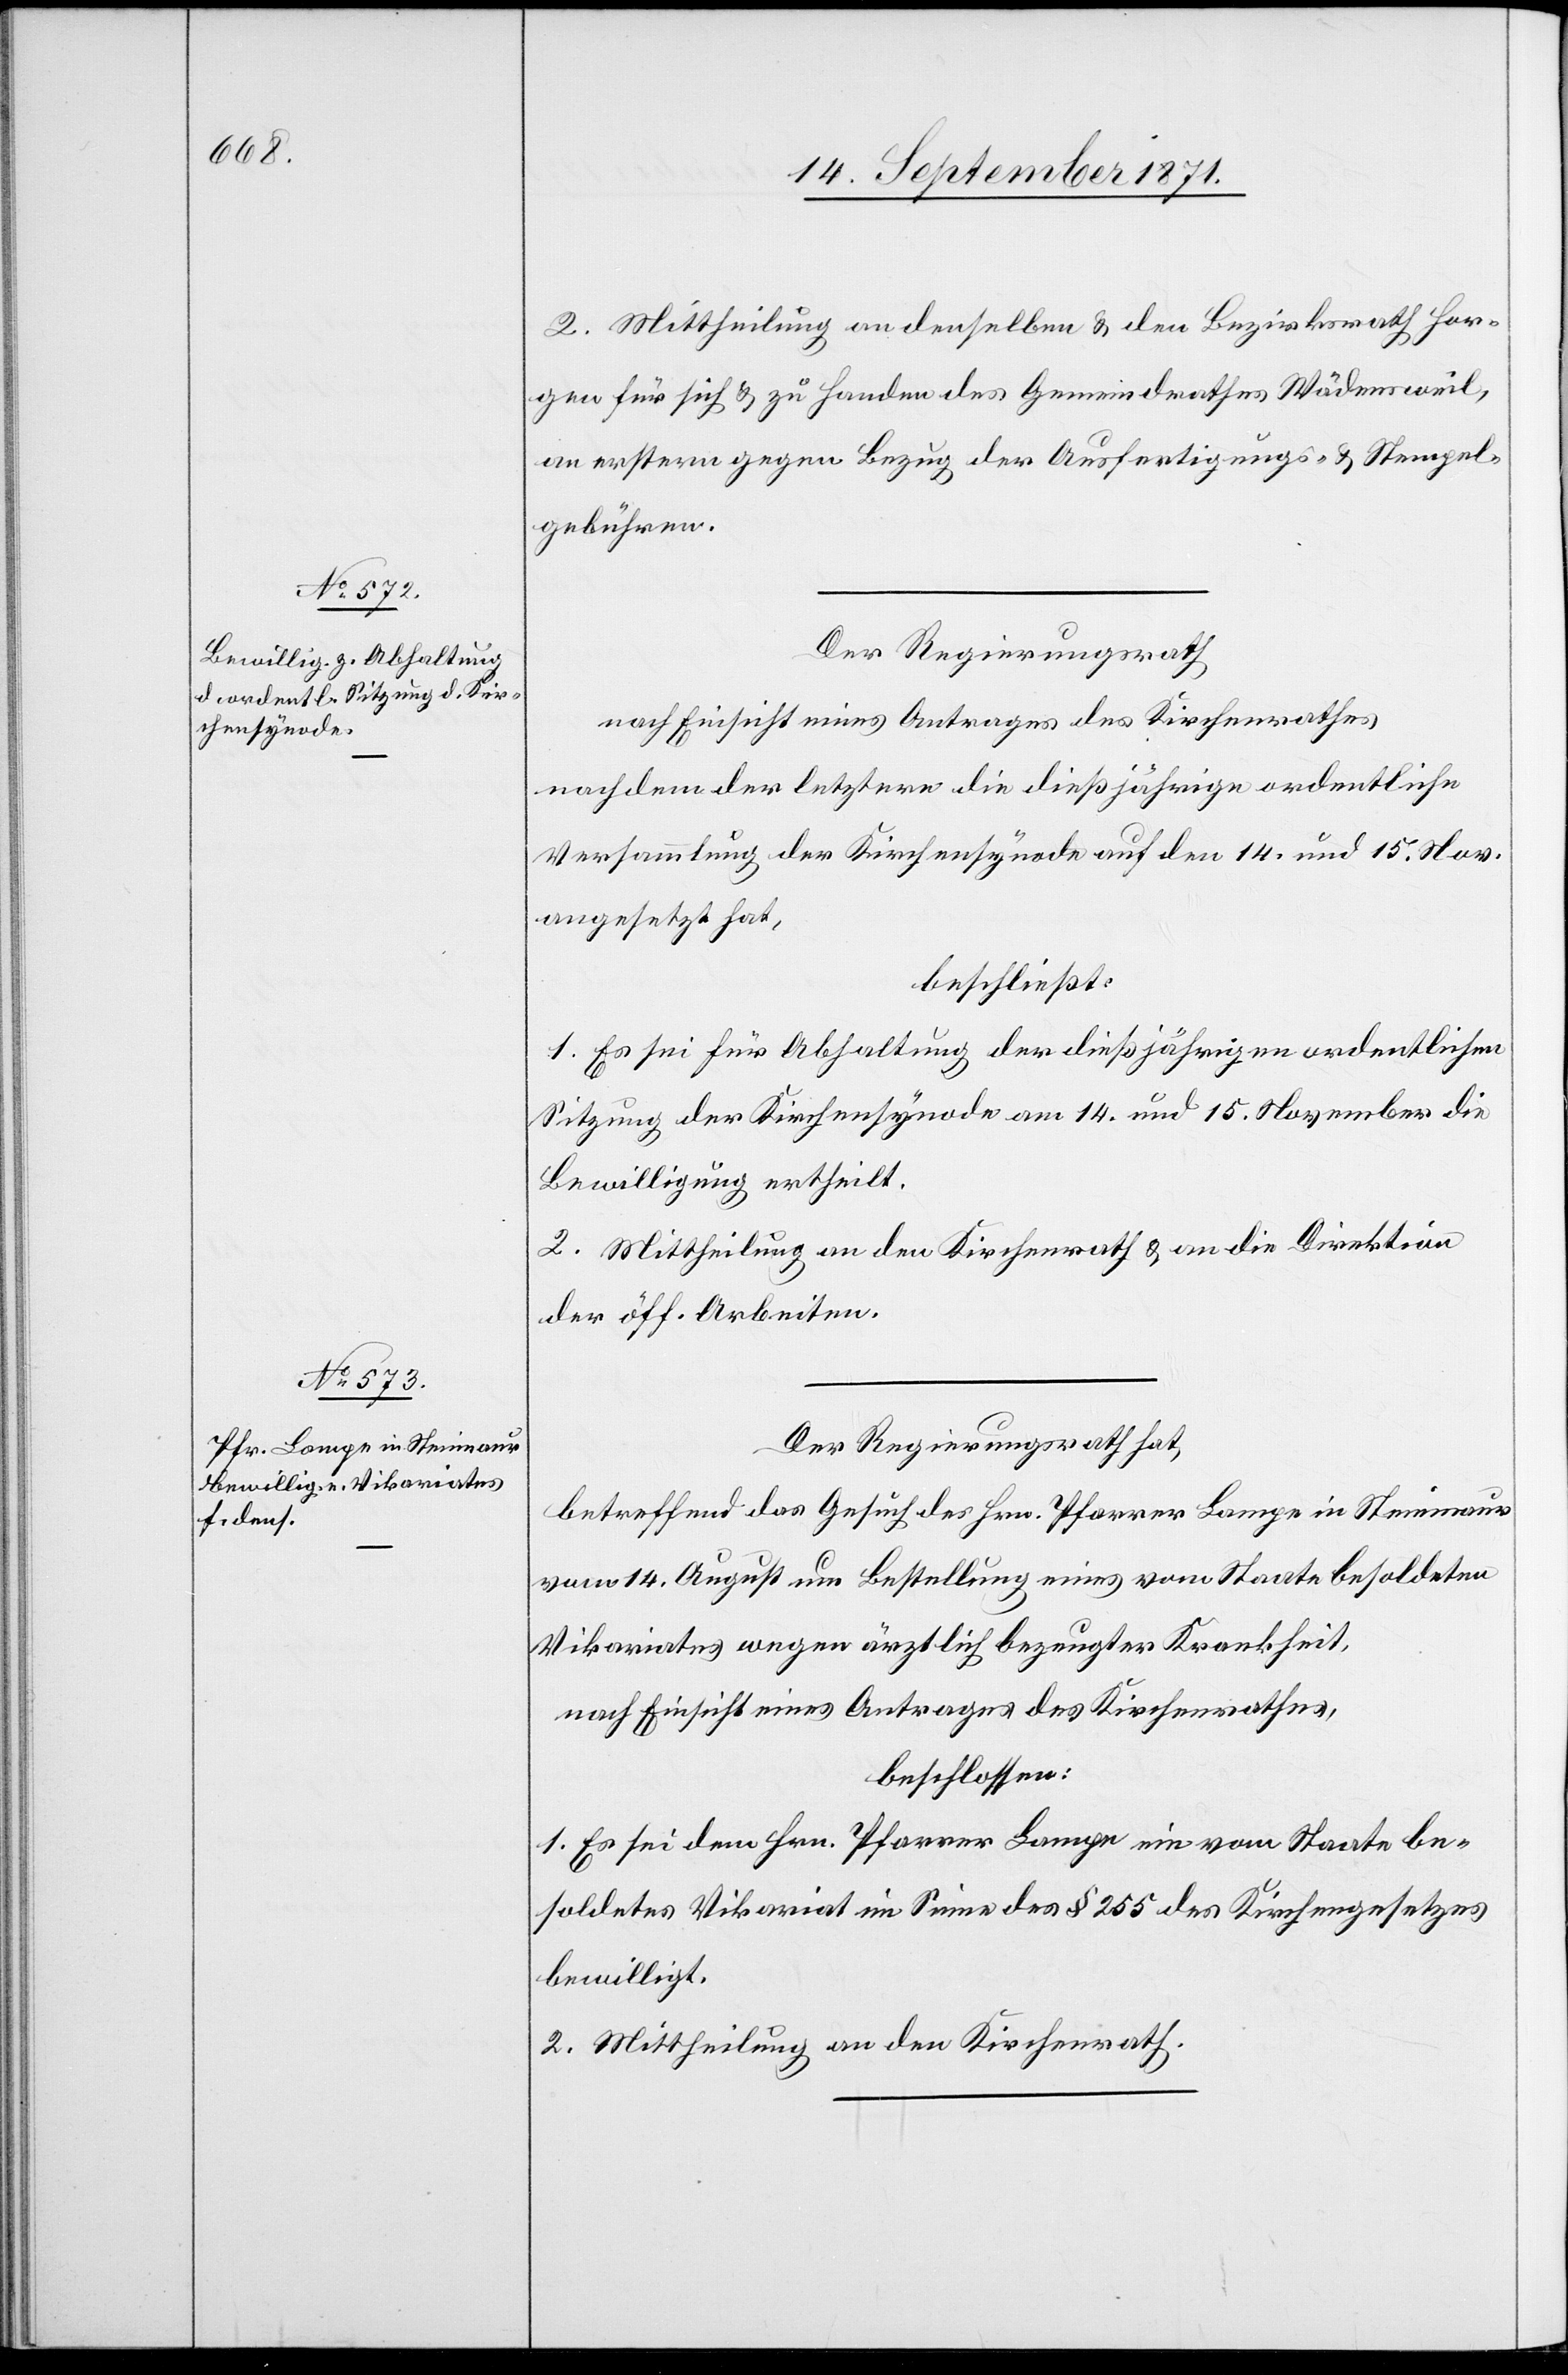
2. Mittheilung an denselben & den Bezirksrath Hor¬
gen für sich & zu Handen des Gemeindrathes Wädensweil,
an erstern gegen Bezug der Ausfertigungs- & Stempel¬
gebühren.
Der Regierungsrath
nach Einsicht eines Antrages des Kirchenrathes
nachdem der letztere die dießjährige ordentliche
Versammlung der Kirchensynode auf den 14. und 15. Nov.
angesetzt hat,
beschließt:
1. Es sei für Abhaltung der dießjährigen ordentlichen
Sitzung der Kirchensynode am 14. und 15. November die
Bewilligung ertheilt.
2. Mittheilung an den Kirchenrath & an die Direktion
der öff. Arbeiten.
Der Regierungsrath hat,
betreffend das Gesuch des Hrn. Pfarrer Lampe in Steinmaur
vom 14. August um Bestellung eines vom Staate besoldeten
Vikariates wegen ärztlich bezeugter Krankheit,
nach Einsicht eines Antrages des Kirchenrathes,
beschlossen:
1. Es sei dem Hrn. Pfarrer Lampe ein vom Staate be¬
soldetes Vikariat im Sinne des § 255 des Kirchengesetzes
bewilligt.
2. Mittheilung an den Kirchenrath.